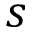
s